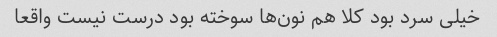
خیلی سرد بود کلا هم نون‌ها سوخته بود درست نیست واقعا